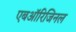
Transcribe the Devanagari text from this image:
एबऑरिजिनल